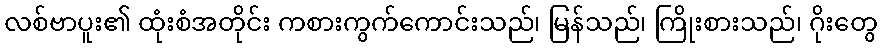
လစ်ဗာပူး၏ ထုံးစံအတိုင်း ကစားကွက်ကောင်းသည်၊ မြန်သည်၊ ကြိုးစားသည်၊ ဂိုးတွေ